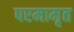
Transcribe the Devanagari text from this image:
परमामृत